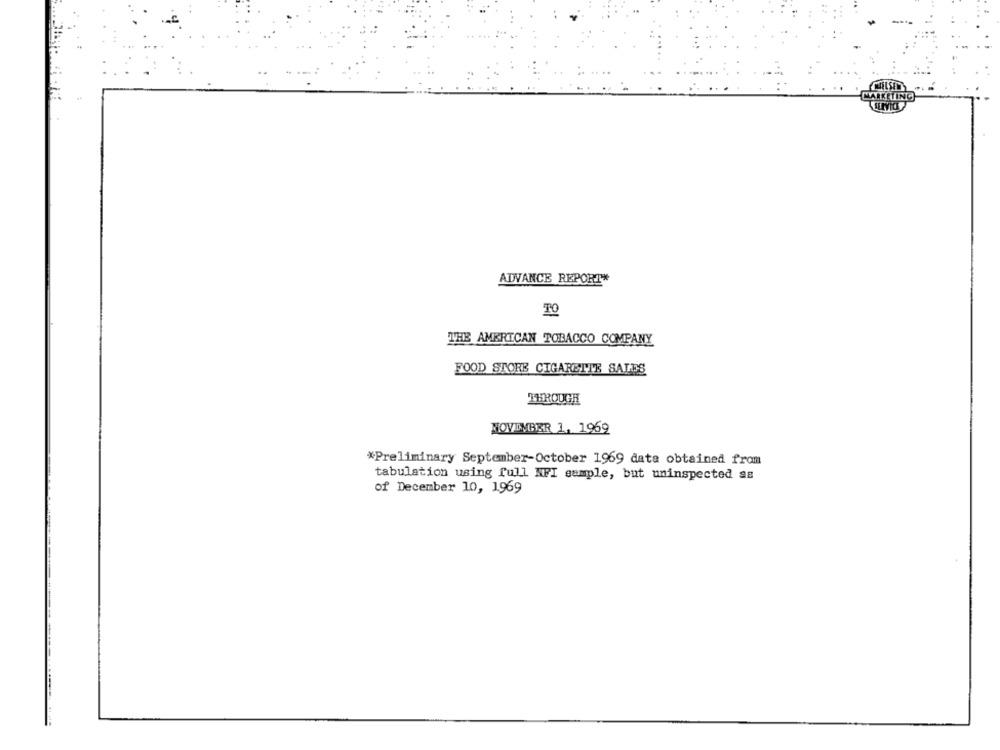
MARKETING
ADVANCE REPORT*
TO
THE AMERICAN TOBACCO COMPANY
FOOD STORE CIGARETTE SALES
THROUGH
NOVEMBER 1, 1969
*Preliminary September-October 1969 data obtained from
tabulation using full NFI sample, but uninspected as
of December 10, 1969